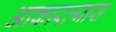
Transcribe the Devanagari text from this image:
आकारल्यास